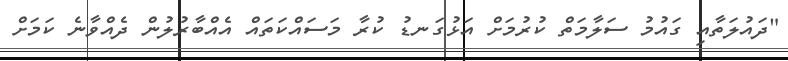
"ދައުލަތާއި ގައުމު ސަލާމަތް ކުރުމަށް އަޅުގަނޑު ކުރާ މަސައްކަތައް އެއްބާރުލުން ދެއްވާނެ ކަމަށް